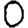
Digit: 0